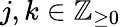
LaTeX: j,k\in\mathbb{Z}_{\geq 0}